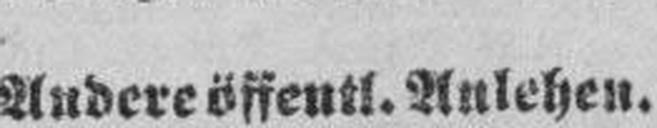
Andere öffentl. Anlehen.